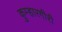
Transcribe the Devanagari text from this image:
कुम्हारगीरी